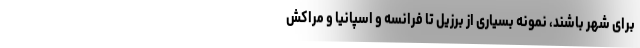
برای شهر باشند، نمونه بسیاری از برزیل تا فرانسه و اسپانیا و مراکش